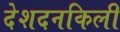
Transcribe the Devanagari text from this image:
देशदनकिली